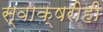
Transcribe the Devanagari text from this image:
स्वाक्षरीही